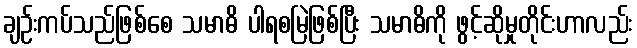
ချဉ်းကပ်သည်ဖြစ်စေ သမာဓိ ပါရစမြဲဖြစ်ပြီး သမာဓိကို ဖွင့်ဆိုမှုတိုင်းဟာလည်း